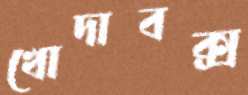
খোদাবক্স